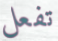
تفعل